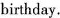
birthday.